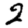
Digit: 2